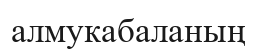
алмукабаланың